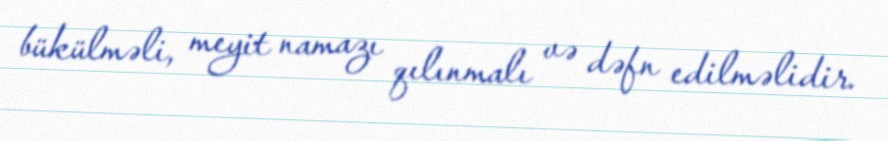
bükülməli, meyit namazı qılınmalı və dəfn edilməlidir.